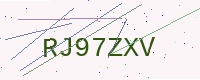
Text: RJ97ZXV